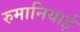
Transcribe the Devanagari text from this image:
रुमानियाई